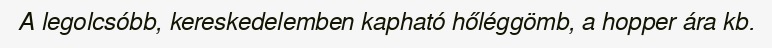
A legolcsóbb, kereskedelemben kapható hőléggömb, a hopper ára kb.